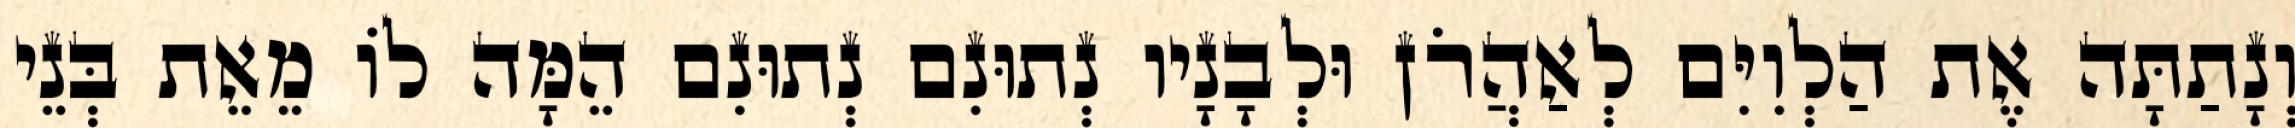
וְנָתַתָּה אֶת הַלְוִיִּם לְאַהֲרֹן וּלְבָנָיו נְתוּנִם נְתוּנִם הֵמָּה לוֹ מֵאֵת בְּנֵי